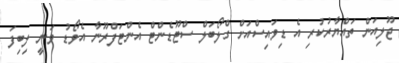
ޖޫލިއަން ތައްޔާރުކުރި އެ ޑިވައިސްއަށް ގްލޯބަލް ސްޓޫޑެންޓް އެންޓަފްރޫނާ އެވޯޑު ވަނީ ލިބިފަ